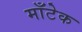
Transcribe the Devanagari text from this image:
माँटेक